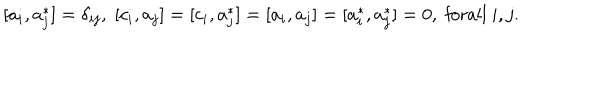
[ a _ { i } , a _ { j } ^ { \ast } ] = \delta _ { i j } , \; [ c _ { i } , a _ { j } ] = [ c _ { i } , a _ { j } ^ { \ast } ] = [ a _ { i } , a _ { j } ] = [ a _ { i } ^ { \ast } , a _ { j } ^ { \ast } ] = 0 , \; \mathrm { f o r a l l ~ } i , j .